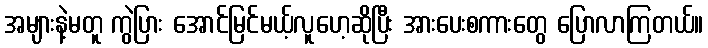
အများနဲ့မတူ ကွဲပြား အောင်မြင်မယ့်လူဟေ့ဆိုပြီး အားပေးစကားတွေ ပြောလာကြတယ်။